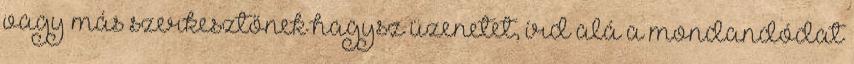
vagy más szerkesztőnek hagysz üzenetet, írd alá a mondandódat